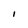
Character: I